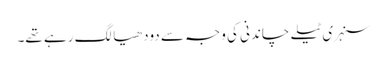
سنہری ٹیلے چاندنی کی وجہ سے دودھیا لگ رہے تھے۔